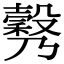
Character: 𣫉